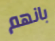
بانهم